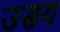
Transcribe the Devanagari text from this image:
उसय